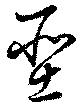
聖